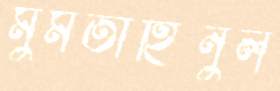
মুমতাহিনুল